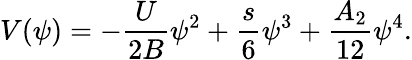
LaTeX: V(\psi)=-\frac{U}{2B}\psi^{2}+\frac{s}{6}\psi^{3}+\frac{A_{2}}{12}\psi^{4}.